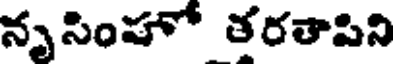
నృసింహో తరతాపిని